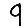
Digit: 9